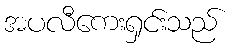
အပလီကေးရှင်းသည်